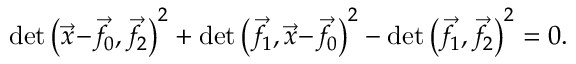
\operatorname* { d e t } { \left( { \vec { x } } \! - \! { \vec { f } } \! _ { 0 } , { \vec { f } } \! _ { 2 } \right) ^ { 2 } } + \operatorname* { d e t } { \left( { \vec { f } } \! _ { 1 } , { \vec { x } } \! - \! { \vec { f } } \! _ { 0 } \right) ^ { 2 } } - \operatorname* { d e t } { \left( { \vec { f } } \! _ { 1 } , { \vec { f } } \! _ { 2 } \right) ^ { 2 } } = 0 .